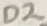
Text: D2